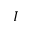
I